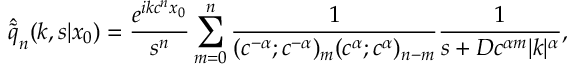
\hat { \tilde { q } } _ { n } ( k , s | x _ { 0 } ) = \frac { e ^ { i k c ^ { n } x _ { 0 } } } { s ^ { n } } \sum _ { m = 0 } ^ { n } \frac { 1 } { ( c ^ { - \alpha } ; c ^ { - \alpha } ) _ { m } ( c ^ { \alpha } ; c ^ { \alpha } ) _ { n - m } } \frac { 1 } { s + D c ^ { \alpha m } | k | ^ { \alpha } } ,